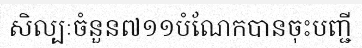
សិល្បៈចំនួន៧១១បំណែកបានចុះបញ្ជី